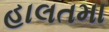
હાલતમા